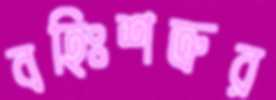
বহিঃশত্রুর